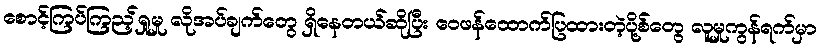
စောင့်ကြပ်ကြည့်ရှုမှု လိုအပ်ချက်တွေ ရှိနေတယ်ဆိုပြီး ဝေဖန်ထောက်ပြထားတဲ့ပို့စ်တွေ လူမှုကွန်ရက်မှာ